Scottish Leaving Certificate Examination, 1955
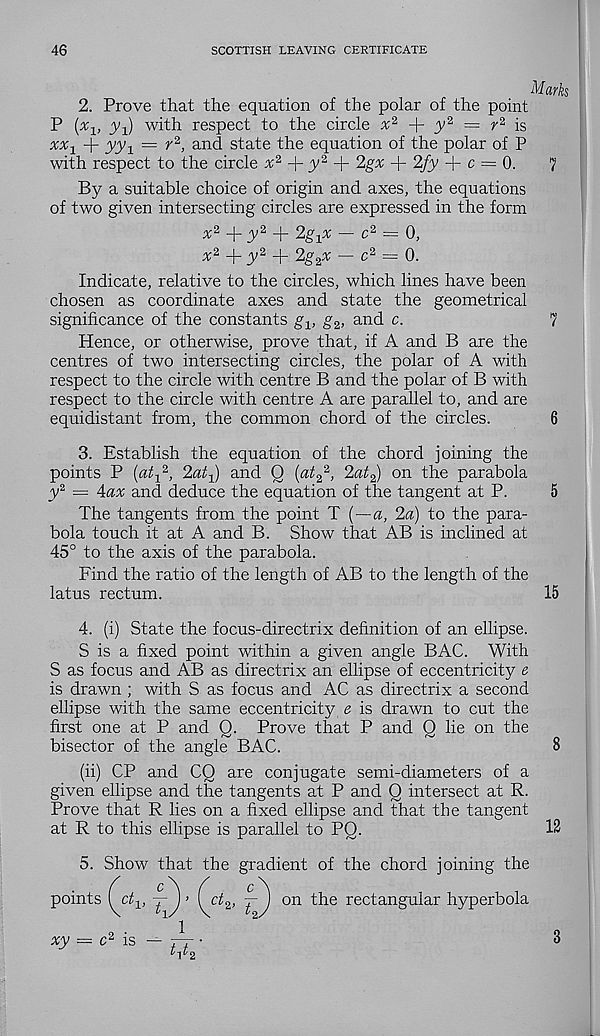
46
SCOTTISH LEAVING CERTIFICATE
Marks
2. Prove that the equation of the polar of the point
P (x-l, jq) with respect to the circle
y* = r 2 is
xx 1 + yy x — r 2 , and state the equation of the polar of P
with respect to the circle ^2 + >’ 2 + "Igx + 2fy + c = 0.
7
By a suitable choice of origin and axes, the equations
of two given intersecting circles are expressed in the form
+ JV 2 +
—- c 2 = 0,
x 2
y2 _i_ 2g s x — c 2 = 0.
Indicate, relative to the circles, which lines have been
chosen as coordinate axes and state the geometrical
significance of the constants g v g 2 , and c.
7
Hence, or otherwise, prove that, if A and B are the
centres of two intersecting circles, the polar of A with
respect to the circle with centre B and the polar of B with
respect to the circle with centre A are parallel to, and are
equidistant from, the common chord of the circles.
6
3. Establish the equation of the chord joining the
points P («ih 2 , 2a^) and Q (at 2
2 , 2at 2 ) on the parabola
y 2 = 4ax and deduce the equation of the tangent at P.
5
The tangents from the point T {—a, 2a) to the para-
bola touch it at A and B. Show that AB is inclined at
45° to the axis of the parabola.
Find the ratio of the length of AB to the length of the
latus rectum.
15
4. (i) State the focus-directrix definition of an ellipse.
S is a fixed point within a given angle BAG. With
S as focus and AB as directrix an ellipse of eccentricity e
is drawn ; with S as focus and AC as directrix a second
ellipse with the same eccentricity e is drawn to cut the
first one at P and Q. Prove that P and Q lie on the
bisector of the angle BAG.
8
(ii) CP and CQ are conjugate semi-diameters of a
given ellipse and the tangents at P and Q intersect at R.
Prove that R lies on a fixed ellipse and that the tangent
at R to this ellipse is parallel to PQ.
12
5. Show that the gradient of the chord joining the
points
> (ct 2 ,
on the rectangular hyperbola
2 •
1 1
xy = c 2 is — tt ■
3